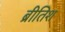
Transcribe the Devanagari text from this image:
ब्रीतिश